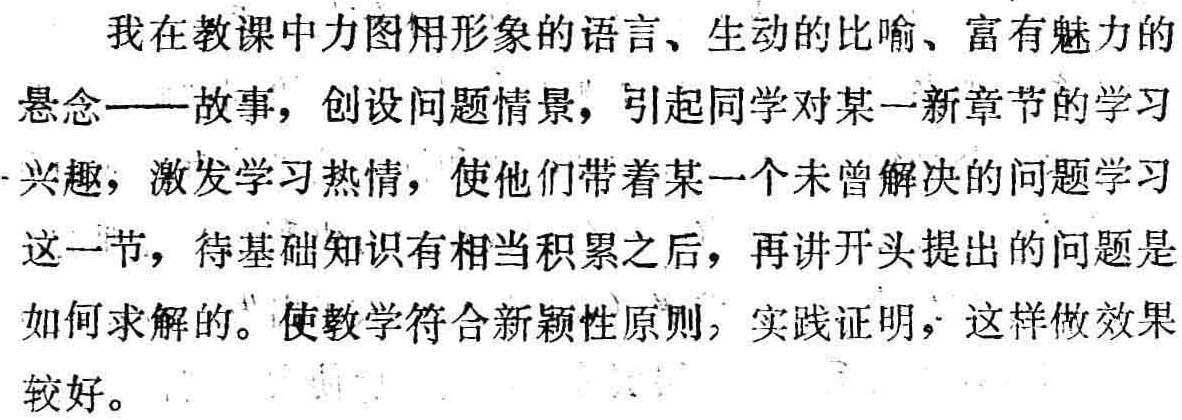
我在教课中力图用形象的语言、生动的比喻、富有魅力的
悬念——故事，创设问题情景，引起同学对某一新章节的学习
兴趣，激发学习热情，使他们带着某一个未曾解决的问题学习
这一节，待基础知识有相当积累之后，再讲开头提出的问题是
如何求解的。使教学符合新颖性原则，实践证明，这样做效果
较好。